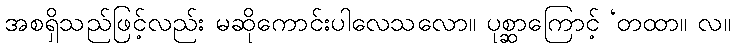
အစရှိသည်ဖြင့်လည်း မဆိုကောင်းပါလေသလော။ ပုစ္ဆာကြောင့် ‘တထာ။ လ။